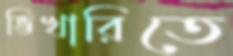
ভিখারিতে